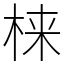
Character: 梾